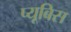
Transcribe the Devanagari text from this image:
प्यूबिस